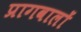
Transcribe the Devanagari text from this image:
प्रागवालों